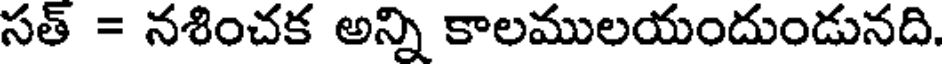
సత్ = నశించక అన్ని కాలములయందుండునది.